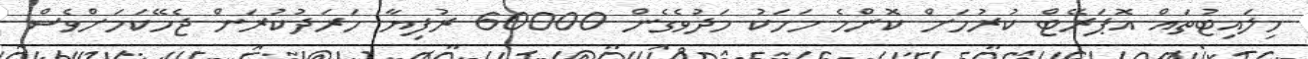
މިލައިޓުތައް އޮޕަރޭޓް ކުރުމަށް ކޮންމެ މަހަކު މަދުވެގެން 60000 ރުފިޔާ ހަރަދުކުރަން ޖެހޭކަމަށްވެސް